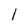
Character: 1